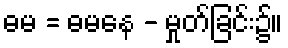
ဓမ = ဓမနေ - မှုတ်ခြင်း၌။